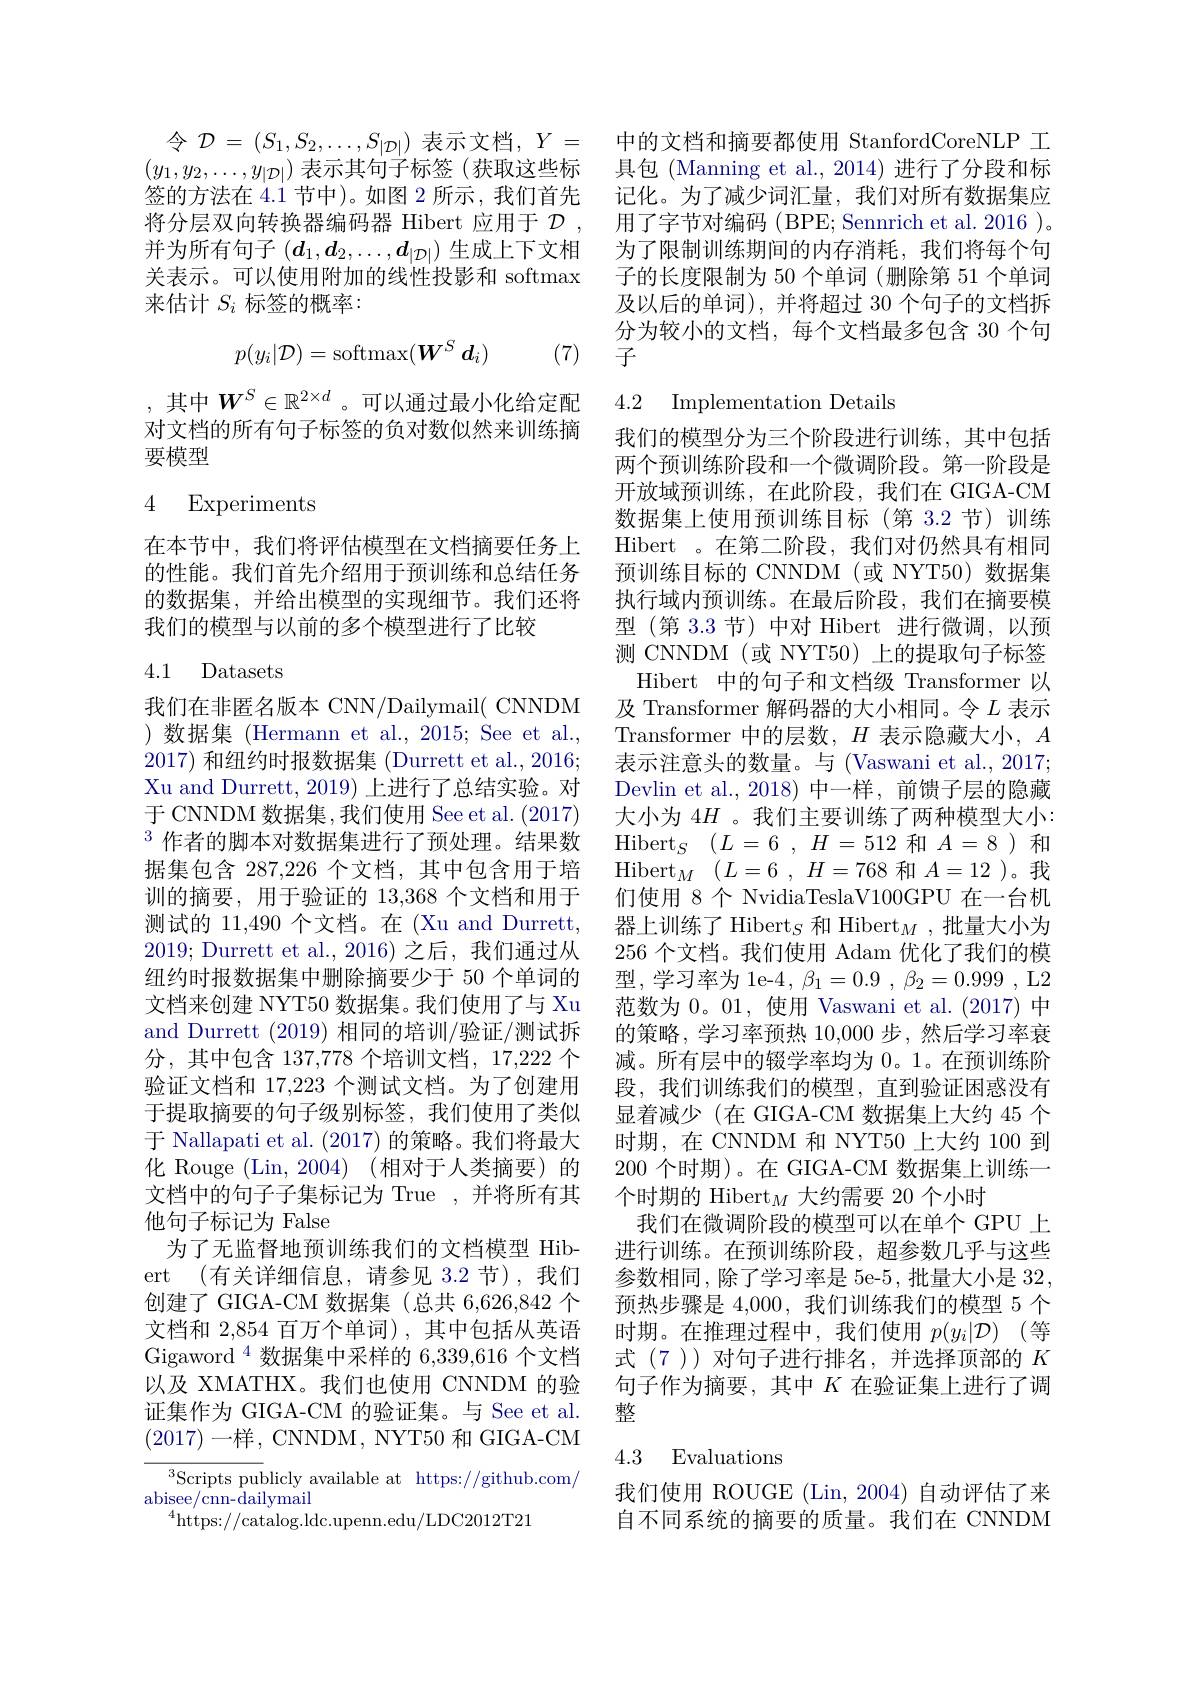
令 $\mathcal{D}=(S_1,S_2,\ldots,S_{|\mathcal{D}|})$ 表示文档，$Y=$ 中的文档和摘要都使用 StanfordCoreNLP 工$(y_1,y_2,\ldots,y_{|\mathcal{D}|})$表示其句子标签 (获取这些标 具包 (Manning et al.,2014)进行了分段和标签的方法在4.1节中)。如图 2 所示，我们首先 记化。为了减少词汇量，我们对所有数据集应将分层双向转换器编码器 Hibert 应用于 $\mathcal{D} $, 用了字节对编码 (BPE; Sennrich et al. 2016 )。并为所有句子$(d_1,d_2,\ldots,d_{|\mathcal{D}|})$生成上下文相关表示。可以使用附加的线性投影和 softmax 来估计$S_i$标签的概率：
$$p(y_i|\mathcal{D})=\mathrm{softmax}(W^S\:d_i)$$
(7)

,其中$W^S\in\mathbb{R}^{2\times d}$ 。可以通过最小化给定配对文档的所有句子标签的负对数似然来训练摘要模型

4 Experiments

在本节中，我们将评估模型在文档摘要任务上的性能。我们首先介绍用于预训练和总结任务的数据集，并给出模型的实现细节。我们还将我们的模型与以前的多个模型进行了比较

### 4.1 Datasets

我们在非匿名版本 CNN/Dailymail( CNNDM )数据集 (Hermann et al.,2015; See et al., 2017)和纽约时报数据集 (Durrett et al., 2016; Xu and Durrett, 2019) 上进行了总结实验。对于 CNNDM 数据集，我们使用 See et al. (2017) $^{3}$作者的脚本对数据集进行了预处理。结果数据集包含 287,226 个文档，其中包含用于培训的摘要，用于验证的 13,368 个文档和用于测试的 11,490 个文档。在 (Xu and Durrett, 2019; Durrett et al., 2016)之后，我们通过从纽约时报数据集中删除摘要少于 50 个单词的文档来创建 NYT50 数据集。我们使用了与 Xu and Durrett (2019) 相同的培训/验证/测试拆分，其中包含 137,778 个培训文档，17,2222 个验证文档和 17,223 个测试文档。为了创建用于提取摘要的句子级别标签，我们使用了类似于 Nallapati et al. (2017)的策略。我们将最大化 Rouge (Lin,2004)(相对于人类摘要)的文档中的句子子集标记为 True ,并将所有其他句子标记为 False
为了无监督地预训练我们的文档模型 Hibert (有关详细信息，请参见 3.2 节),我们创建了 GIGA-CM 数据集 (总共 6,626,842 个文档和 2,854 百万个单词), 其中包括从英语Gigaword $^{4}$数据集中采样的 6,339,616 个文档以及 XMATHX。我们也使用 CNNDM 的验证集作为 GIGA-CM 的验证集。与 See et al. (2017)一样，CNNDM, NYT50 和 GIGA-CM
$^{3}$Scripts publicly available at https://github.com/
$\operatorname{abisee/cnn-dailymail}$

$^{4}$https://catalog.ldc.upenn.edu/LDC2012T21

为了限制训练期间的内存消耗，我们将每个句子的长度限制为 50 个单词 (删除第 51 个单词及以后的单词),并将超过 30 个句子的文档拆分为较小的文档，每个文档最多包含 30 个句子

4.2 Implementation Details

我们的模型分为三个阶段进行训练，其中包括两个预训练阶段和一个微调阶段。第一阶段是开放域预训练，在此阶段，我们在 GIGA-CM 数据集上使用预训练目标(第 3.2 节)训练Hibert 。在第二阶段，我们对仍然具有相同预训练目标的 CNNDM (或 NYT50)数据集执行域内预训练。在最后阶段，我们在摘要模型(第 3.3 节) 中对 Hibert 进行微调，以预测 CNNDM (或 NYT50) 上的提取句子标签
Hibert 中的句子和文档级 Transformer 以及 Transformer 解码器的大小相同。令$L$表示Transformer 中的层数，$H$表示隐藏大小，$A$ 表示注意头的数量。与 (Vaswani et al., 2017; Devlin et al.,2018) 中一样，前馈子层的隐藏大小为$4H$ 。我们主要训练了两种模型大小： $\mathrm{Hibert}_S$ $( L= 6$ , $H= 512$和$A=8$)和$\mathrm{Hibert}_{M}$ $( L= 6$ , $H= 768$和$A=12$ )。我们使用 8 个 NvidiaTeslaV100GPU 在一台机器上训练了 Hibert$_S\text{ 和 Hibert}_M$,批量大小为256 个文档。我们使用 Adam 优化了我们的模型，学习率为 le-4, $\beta_1=0.9,\beta_2=0.999$, L2范数为0。01,使用 Vaswani et al.(2017)中的策略，学习率预热 10,000 步 ,然后学习率衰减。所有层中的辍学率均为 0。1。在预训练阶段，我们训练我们的模型，直到验证困惑没有显着减少(在 GIGA-CM 数据集上大约 45 个时期，在 CNNDM 和 NYT50 上大约 100 到200 个时期)。在 GIGA-CM 数据集上训练一个时期的 Hibert$_M$大约需要 20 个小时
我们在微调阶段的模型可以在单个 GPU 上进行训练。在预训练阶段，超参数几乎与这些参数相同，除了学习率是 5e-5, 批量大小是 32, 预热步骤是 4,000, 我们训练我们的模型 5 个时期。在推理过程中，我们使用 $p( y_i| \mathcal{D} )$ (等式 (7 ))对句子进行排名，并选择顶部的$K$ 句子作为摘要，其中$K$在验证集上进行了调整
4.3 Evaluations

我们使用 ROUGE (Lin,2004) 自动评估了来自不同系统的摘要的质量。我们在 CNNDM